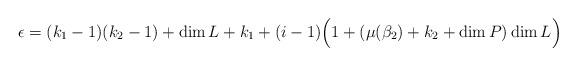
LaTeX: \begin{align*}\epsilon = (k_1 -1)(k_2 -1) + \dim L + k_1 +(i-1)\Big(1+(\mu(\beta_2)+k_2 + \dim P) \dim L\Big)\end{align*}